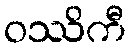
ဝဿိကီ